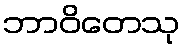
ဘာဝိတေသု